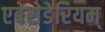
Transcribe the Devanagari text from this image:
एबेसेडेरियम्